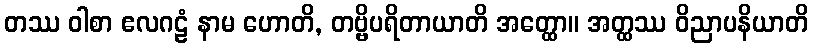
တဿ ဝါစာ ဧလဂဠံ နာမ ဟောတိ, တဗ္ဗိပရိတာယာတိ အတ္ထော။ အတ္ထဿ ဝိညာပနိယာတိ